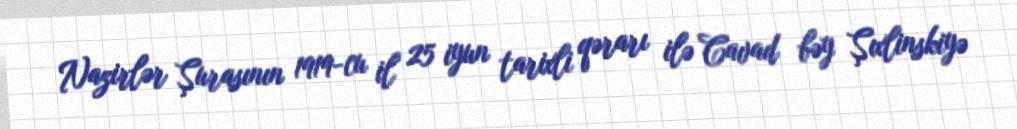
Nazirlər Şurasının 1919-cu il 25 iyun tarixli qərarı ilə Cavad bəy Şıxlinskiyə